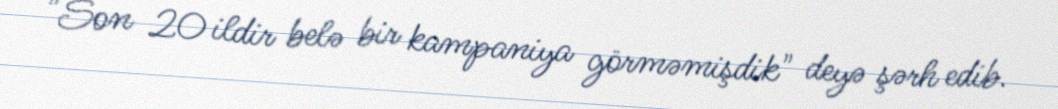
"Son 20 ildir belə bir kampaniya görməmişdik" deyə şərh edib.